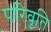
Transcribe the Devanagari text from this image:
परिवृति